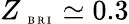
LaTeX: Z_{\mathrm{~\tiny~B~R~I~}}\simeq 0.3